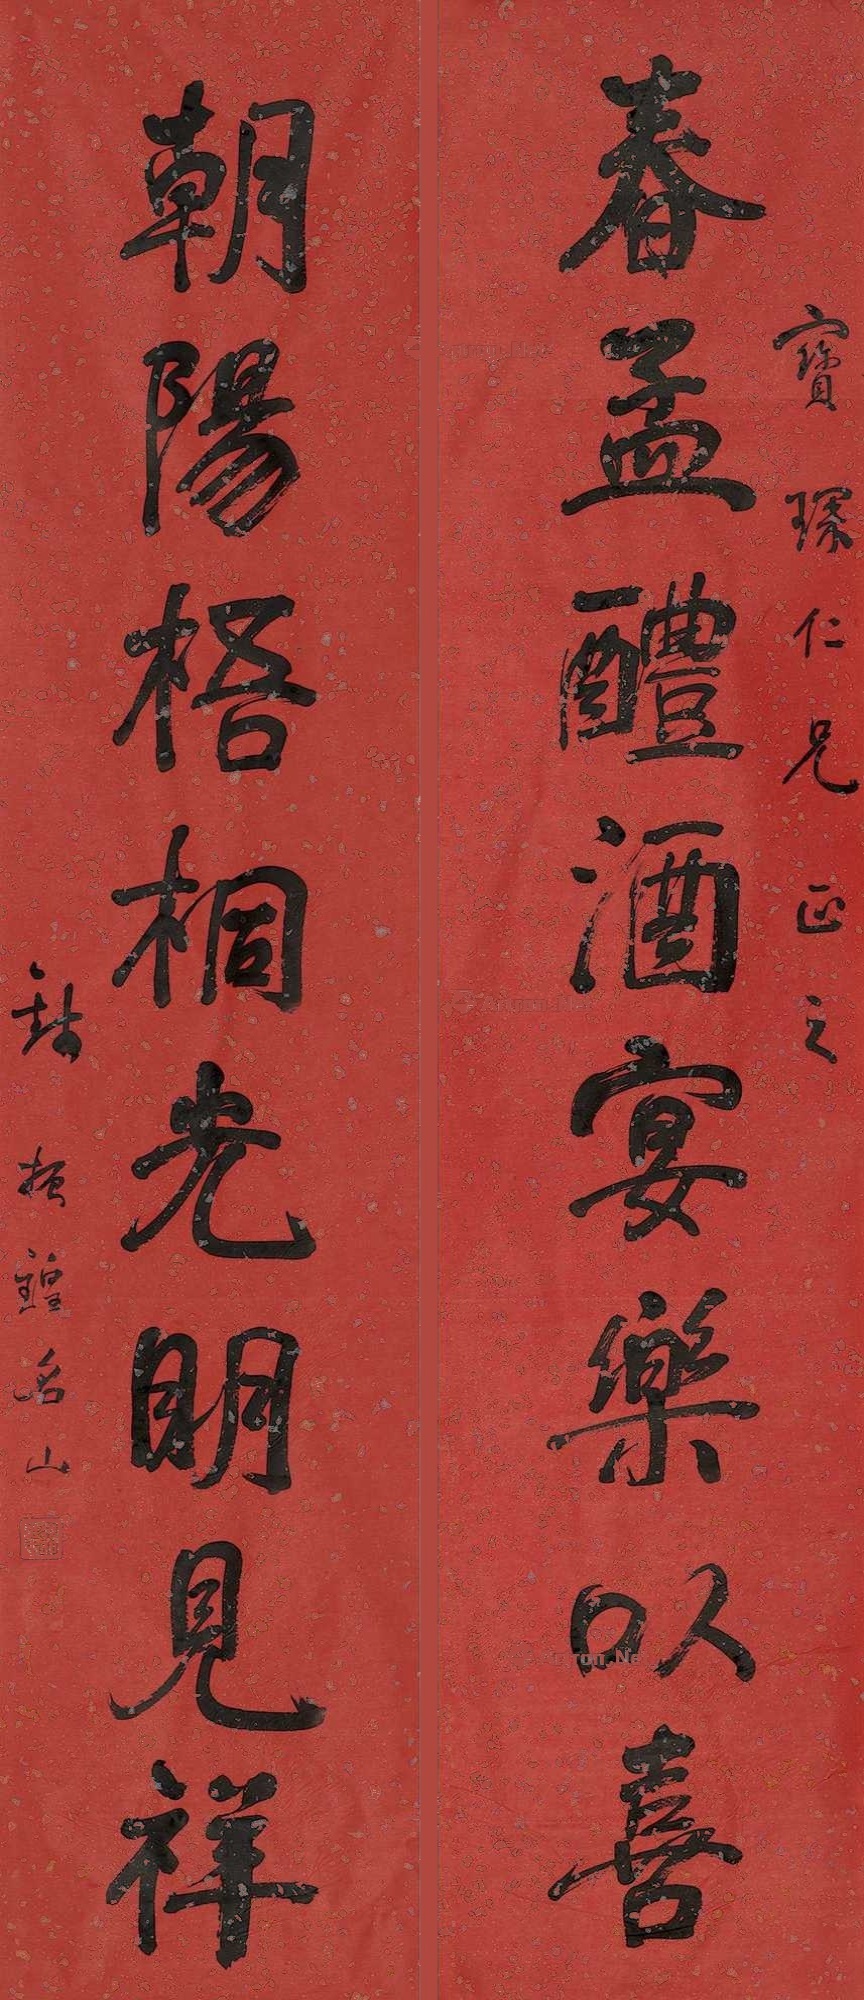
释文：春孟醴酒宴乐以善，朝阳梧桐光明见祥。宝琛仁兄正之，钱振煌名山。